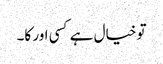
تو خیال ہے کسی اور کا۔